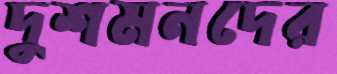
দুশমনদের